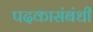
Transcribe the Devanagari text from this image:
पदकासंबंधी